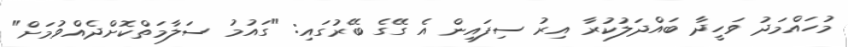
މުހައްމަދު ވަހީދާ ބައްދަލުކުރާ އިރު ސިފައިން އެ ގޭގެ ބޭރުގައި: "ގައުމު ސަލާމަތްކޮށްދެއްވުމަށް"